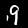
Digit: 9